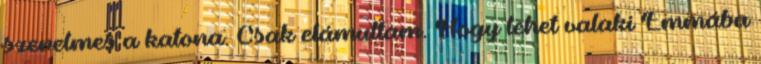
szerelmes a katona. Csak elámultam. Hogy lehet valaki Emmába